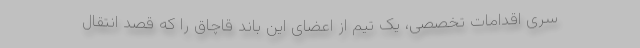
سری اقدامات تخصصی، یک تیم از اعضای این باند قاچاق را که قصد انتقال